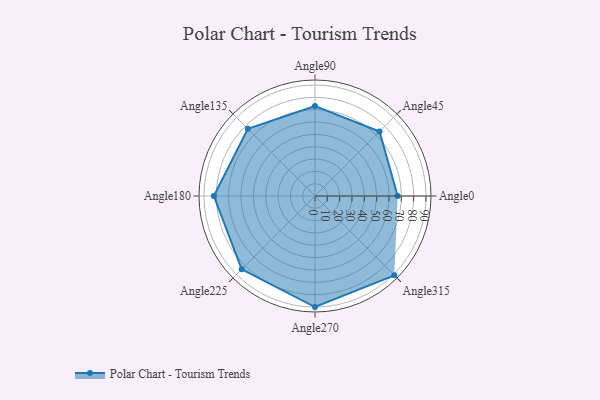
{"axis": {"x": "Angle", "y": "Radius"}, "legend": [""], "data": [{"x": "Angle0", "y": 67.0, "type": ""}, {"x": "Angle45", "y": 74.0, "type": ""}, {"x": "Angle90", "y": 73.0, "type": ""}, {"x": "Angle135", "y": 77.0, "type": ""}, {"x": "Angle180", "y": 82.0, "type": ""}, {"x": "Angle225", "y": 84.0, "type": ""}, {"x": "Angle270", "y": 90.0, "type": ""}, {"x": "Angle315", "y": 91.0, "type": ""}]}